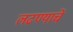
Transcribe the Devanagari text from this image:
लढण्याचें